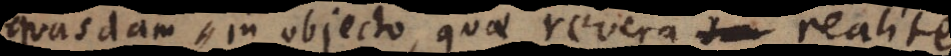
quasdam in objecto, quae revera realiter